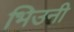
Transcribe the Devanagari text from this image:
भिउनी